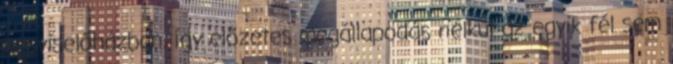
képviselőházban, így előzetes megállapodás nélkül az egyik fél sem